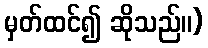
မှတ်ထင်၍ ဆိုသည်။)